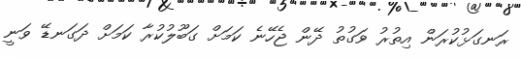
ރަނގަޅުކުރަން އިތުރު ވަގުތު ދޭން ޖެހޭނެ ކަމަށް ގަބޫލުކުރާ ކަމަށް ދަގަނޑޭ ވަނީ